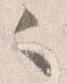
之